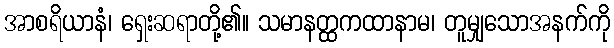
အာစရိယာနံ၊ ရှေးဆရာတို့၏။ သမာနတ္ထကထာနာမ၊ တူမျှသောအနက်ကို